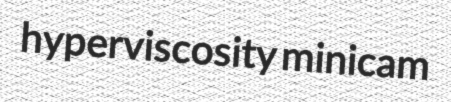
hyperviscosity minicam